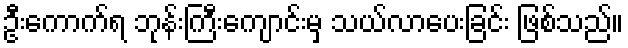
ဦးကောက်ရ ဘုန်းကြီးကျောင်းမှ သယ်လာပေးခြင်း ဖြစ်သည်။